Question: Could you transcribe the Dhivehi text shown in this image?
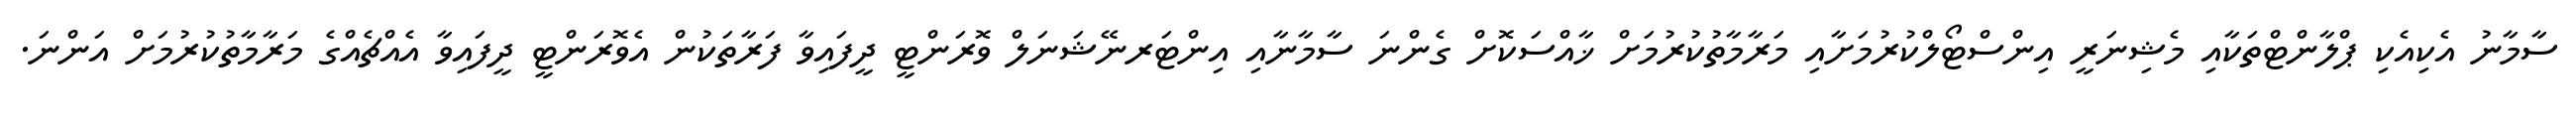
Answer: ސާމާނު އެކިއެކި ޕްލާންޓްތަކާއި މެޝިނަރީ އިންސްޓޯލްކުރުމަށާއި މަރާމާތުކުރުމަށް ޚާއްސަކޮށް ގެންނަ ސާމާނާއި އިންޓަރނޭޝަނަލް ވޮރަންޓީ ދީފައިވާ ފަރާތަކުން އެވޮރަންޓީ ދީފައިވާ އެއްޗެއްގެ މަރާމާތުކުރުމަށް އަންނަ.